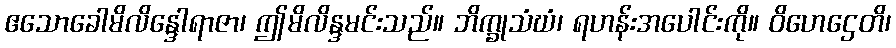
ဧသောခေါမိလိန္ဒေါရာဇာ၊ ဤမိလိန္ဒမင်းသည်။ ဘိက္ခုသံဃံ၊ ရဟန်းအပေါင်းကို။ ဝိဟေဌေတိ၊